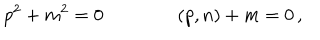
p ^ { 2 } + m ^ { 2 } = 0 \qquad \qquad ( p , n ) + m = 0 \, ,